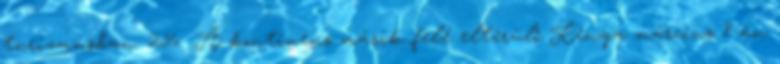
turizmusban. 256 A kontinens másik felé elterülő Kenya március 8-án